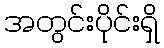
အတွင်းပိုင်းရှိ